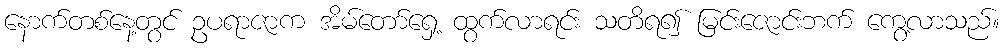
နောက်တစ်နေ့တွင် ဥပရာဇာက အိမ်တော်ရှေ့ ထွက်လာရင်း သတိရ၍ မြင်းဇောင်းဘက် ကွေ့လာသည်။